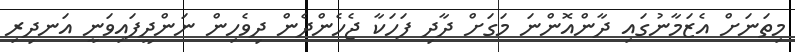
މިތަނަށް އެޒަމާނުގައި ދާންއޮންނަ މަގަށް ދާދި ފަހަކާ ޖެހެންދެން ދިވެހިން ނަންދީފައިވަނީ އަނދިރި